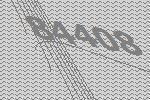
84408